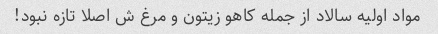
مواد اولیه سالاد از جمله کاهو زیتون و مرغ ش اصلا تازه نبود!